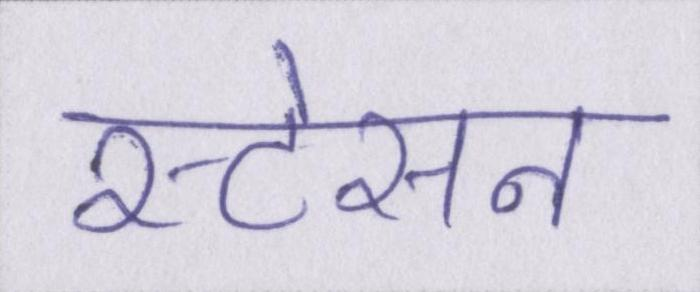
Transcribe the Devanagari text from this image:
स्टेसन